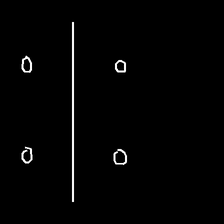
Glyph: cool